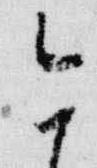
今